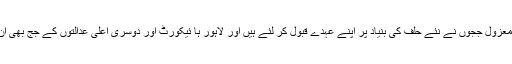
سندھ ہائی کورٹ کے آٹھ معزول ججوں نے نئے حلف کی بنیاد پر اپنے عہدے قبول کر لئے ہیں اور لاہور ہا ئیکورٹ اور دوسری اعلیٰ عدالتوں کے جج بھی ان کی تقلید کرنے والے ہیں۔